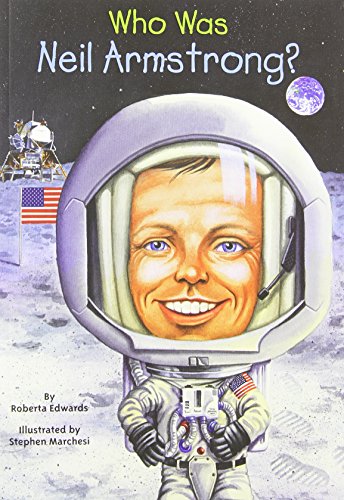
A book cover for Who Was Neil Armstrong?; Roberta Edwards; Children's Books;